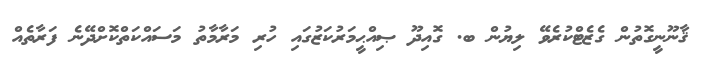
ޤާނޫނީގޮތުން ގެޒެޓްކުރެވޭ ލިޔުން ބ. ގޮއިދޫ ޞިއްޙީމަރުކަޒުގައި ހުރި މަރާމާތު މަސައްކަތްކޮށްދޭނެ ފަރާތެއް